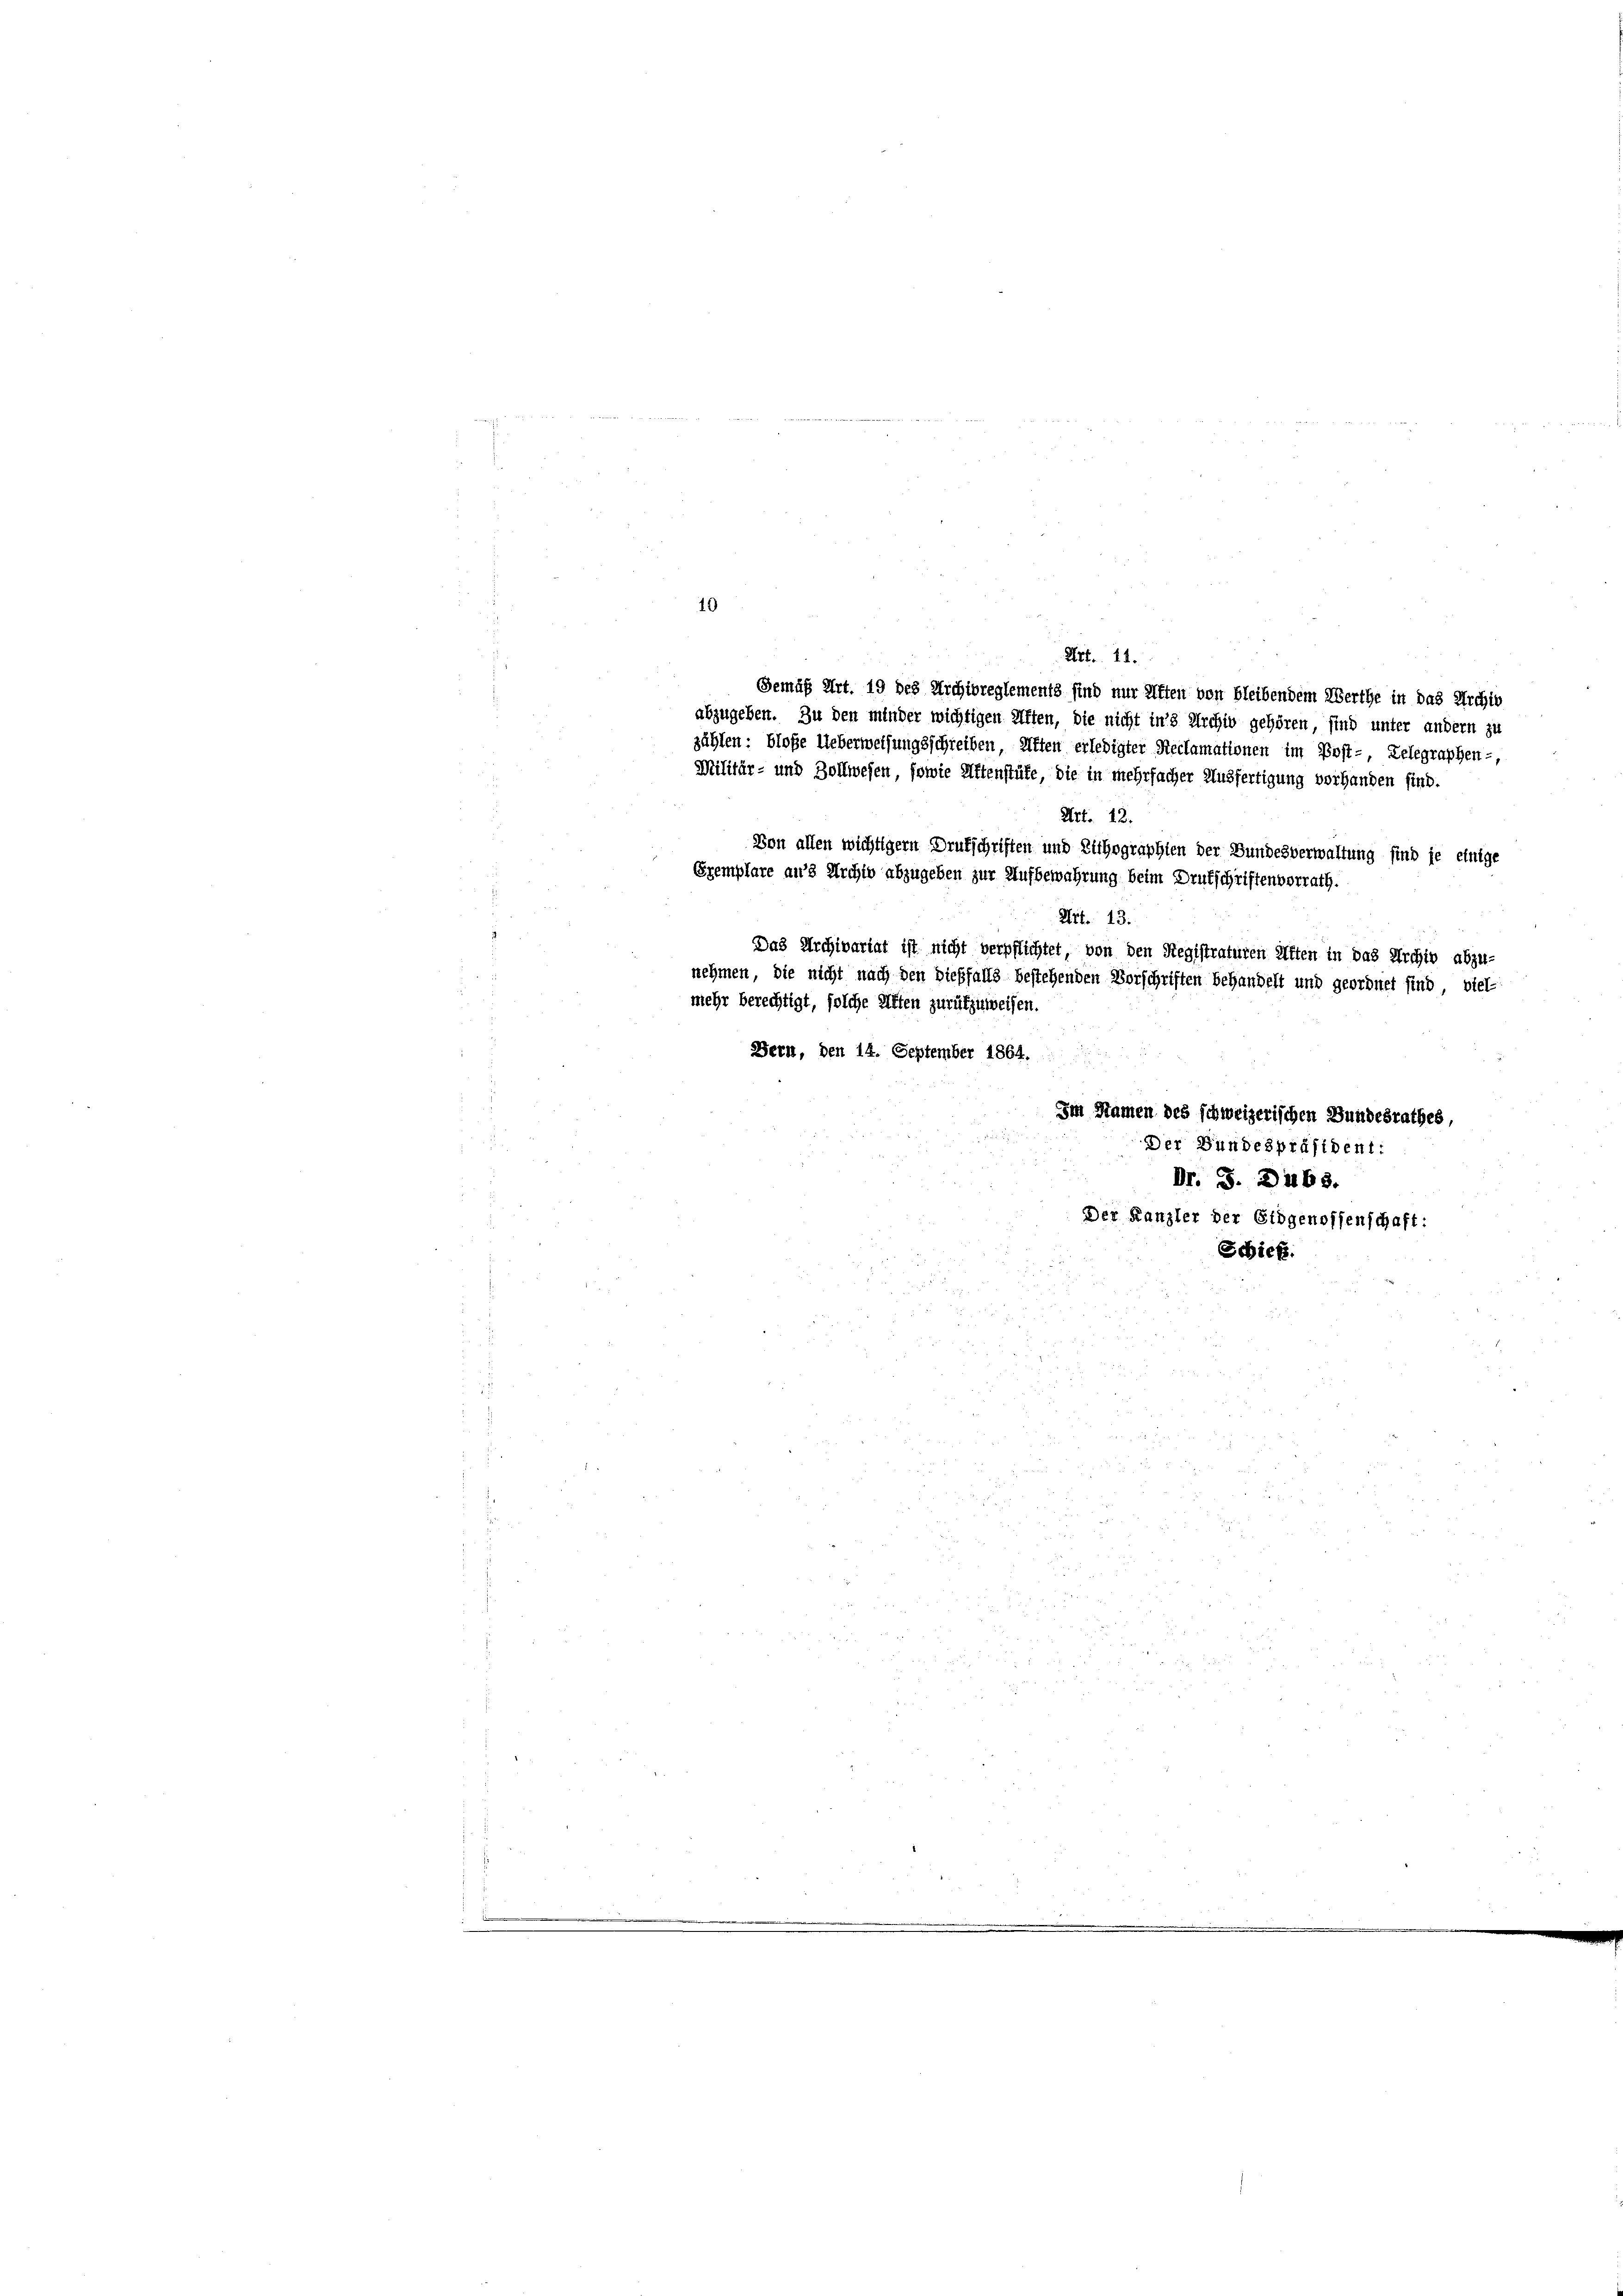
Sich
d
.
10
Art. 11.
Gemäß Art. 19 des Archivreglements sind nur effen von bleibendem Werthe in das Archiv
abzugeben. Zu den minder wichtigen Affen, die nicht ins Archiv gehören, sind unter andern zu
zählen: bloße Ueberweisungsschreiben, Alten erledigter Reclamationen im Post-, Telegraphen-,
Militär- und Zollwesen, sowie Altenstüte, die in mehrfacher Ausfertigung vorhanden sind.
Art. 12.
Von allen wichtigem Drukschriften und Lithographien der Bundesverwaltung sind je einige
Exemplare aus Archiv abzugeben zur Aufbewahrung beim Drukschriftenvorrath.
Art. 13.
Das Archivariat ist nicht verpflichtet, von den Registraturen Aften in das Archiv abzu-
nehmen, die nicht nach den dießfalls bestehenden Vorschriften behandelt und geordnet sind, viel-
mehr berechtigt, solche Alten zurükzuweisen.
Bern, den 14. September 1864.
Im Namen des schweizerischen Bundesrathes,
Der Bundespräsident:
Dr. S. Dubs.
Der Kanzler der Eidgenossenschaft:
Schief